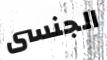
الجنسى